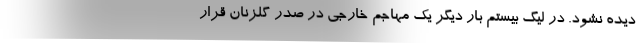
دیده نشود. در لیگ بیستم بار دیگر یک مهاجم خارجی در صدر گلزنان قرار